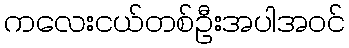
ကလေးငယ်တစ်ဦးအပါအဝင်